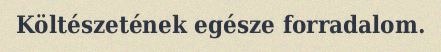
Költészetének egésze forradalom.